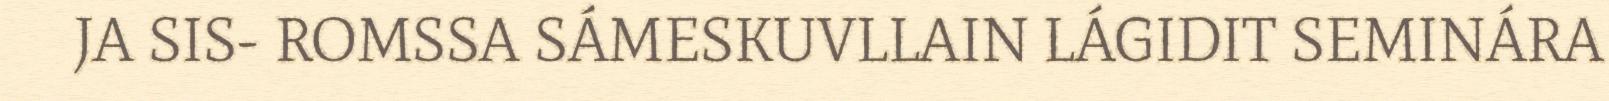
JA SIS- ROMSSA SÁMESKUVLLAIN LÁGIDIT SEMINÁRA